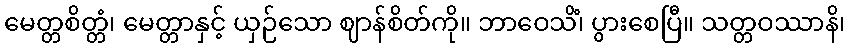
မေတ္တစိတ္တံ၊ မေတ္တာနှင့် ယှဉ်သော ဈာန်စိတ်ကို။ ဘာဝေသိံ၊ ပွားစေပြီ။ သတ္တဝဿာနိ၊